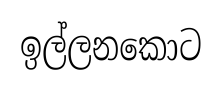
ඉල්ලනකොට